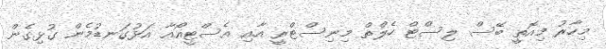
މިހާރު މިއޮތީ ބޭސް ލިސްޓް ހެލްތް މިނިސްޓްރީ އާއި އެސްޓީއޯއާ އަޅުގަނޑުމެން ގުޅިގެން